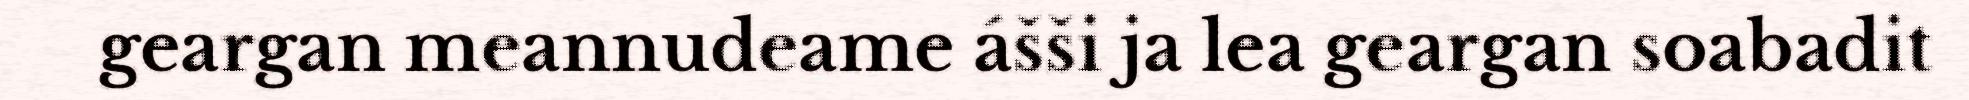
geargan meannudeame ášši ja lea geargan soabadit